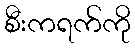
စီးကရက်ကို